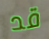
قد